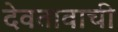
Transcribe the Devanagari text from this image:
देवतावाची